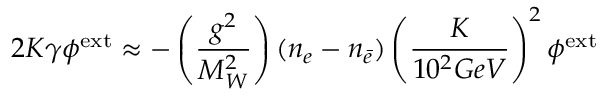
2 K \gamma \phi ^ { \mathrm { e x t } } \approx - \left( \frac { g ^ { 2 } } { M _ { W } ^ { 2 } } \right) ( n _ { e } - n _ { \bar { e } } ) \left( \frac { K } { 1 0 ^ { 2 } G e V } \right) ^ { 2 } \phi ^ { \mathrm { e x t } }